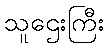
သူဌေးကြီး